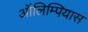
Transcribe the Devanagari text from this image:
ऑलिम्पियास